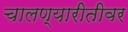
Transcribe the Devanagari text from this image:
चालण्यारीतीवर